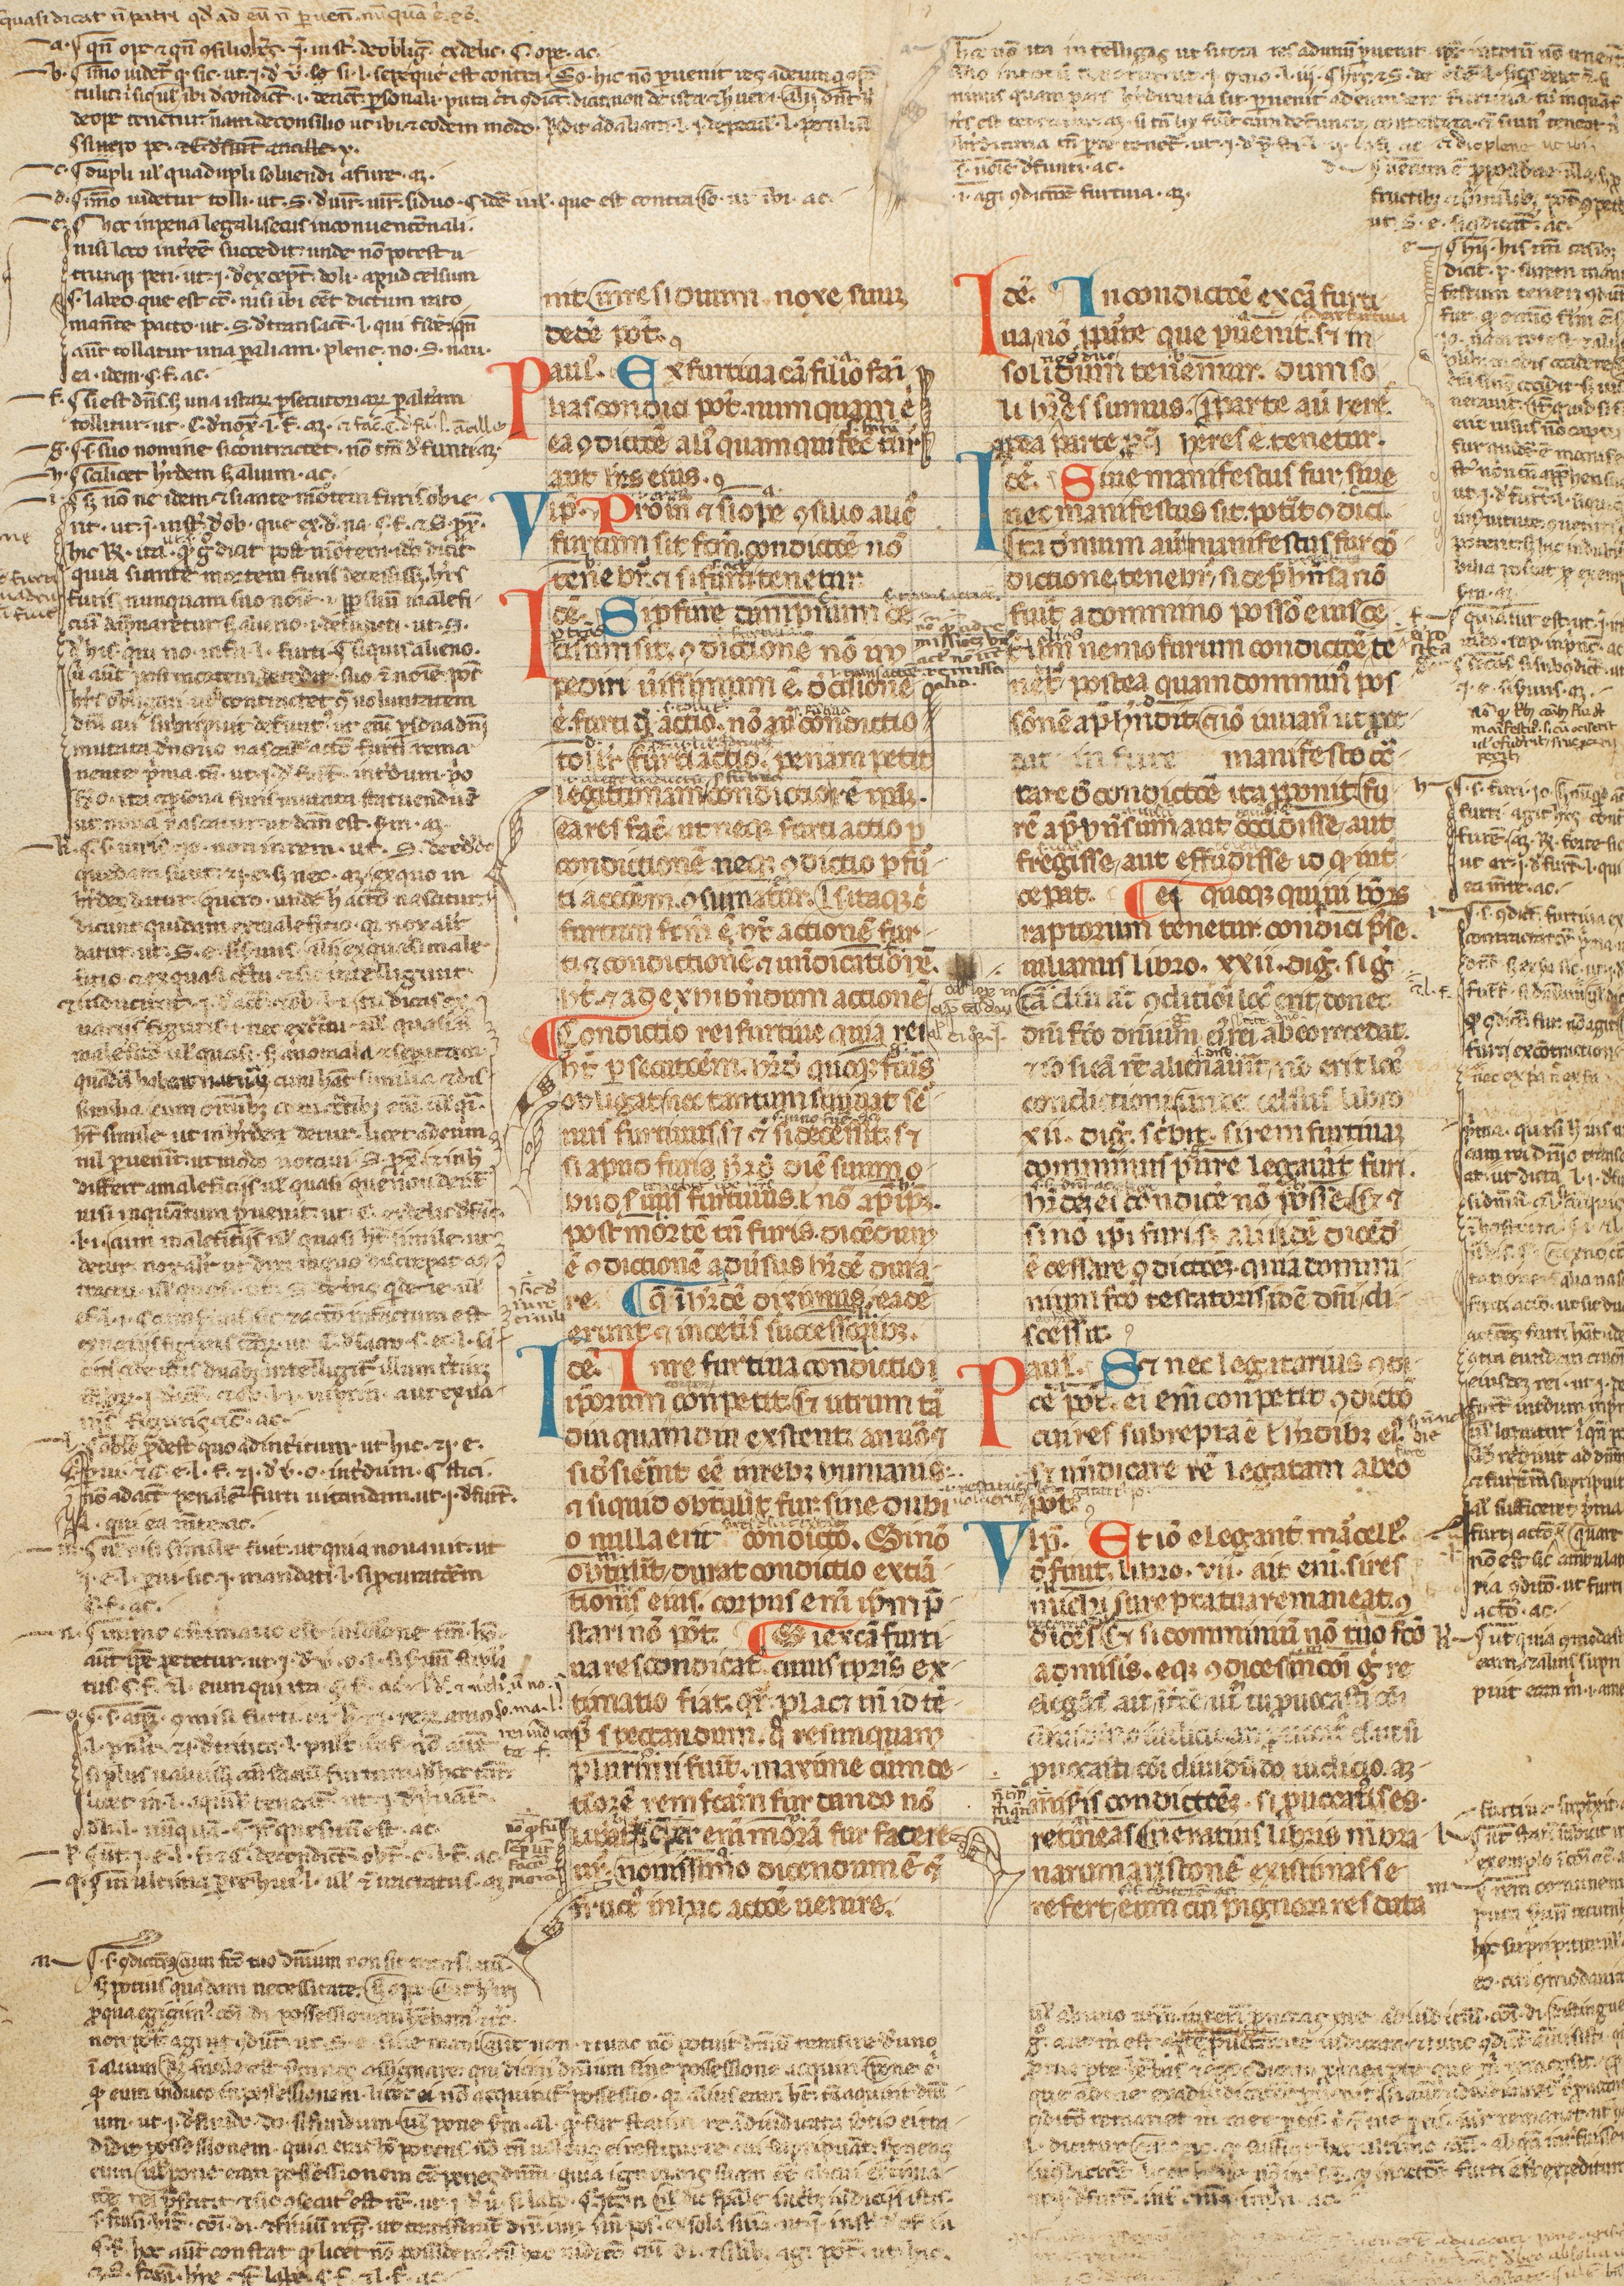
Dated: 1300–1399